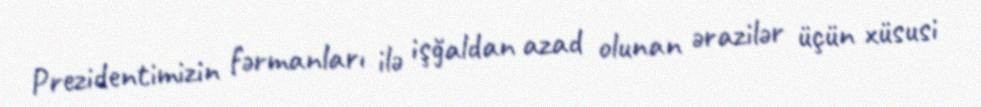
Prezidentimizin fərmanları ilə işğaldan azad olunan ərazilər üçün xüsusi